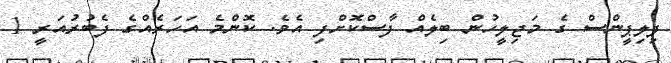
ފިލިޕީންސް ގެ މަޖިލީހުން ބިލެއް ފާސްކޮށްފި އެވެ. ކޮންމެ އަހަރެއްގެ ފެބުރުއަރީ 1